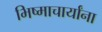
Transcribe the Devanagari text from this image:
भिष्माचार्यांना